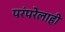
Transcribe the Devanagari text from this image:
परंपरेलाही